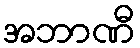
အဘာဏီ